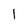
Character: l